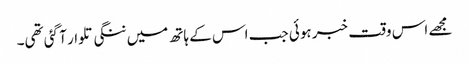
مجھے اس وقت خبر ہوئی جب اس کے ہاتھ میں ننگی تلوار آ گئی تھی۔